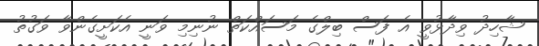
ޝާހިދު ވިދާޅުވީ އެ ފަސް ބިލްގެ މަސައްކަތް ނުނިމި ވަނީ އެކަށީގެންވާ ވަގުތު